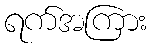
ရက်အကြား